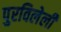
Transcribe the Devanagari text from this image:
पुरविलेली